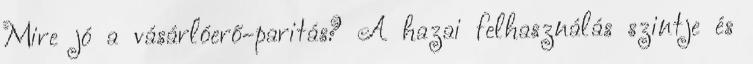
Mire jó a vásárlóerő-paritás? A hazai felhasználás szintje és